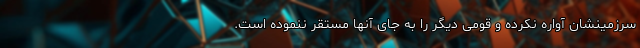
سرزمینشان آواره نکرده و قومی دیگر را به جای آنها مستقر ننموده است.